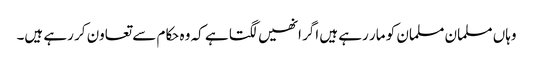
وہاں مسلمان مسلمان کو مار رہے ہیں اگر انھیں لگتا ہے کہ وہ حکام سے تعاون کر رہے ہیں۔